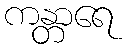
ကန္တာရေ